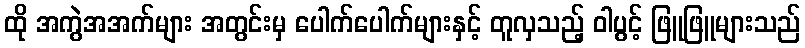
ထို အကွဲအအက်များ အတွင်းမှ ပေါက်ပေါက်များနှင့် တူလှသည့် ဝါပွင့် ဖြူဖြူများသည်